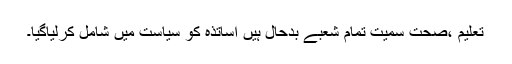
تعلیم ،صحت سمیت تمام شعبے بدحال ہیں اساتذہ کو سیاست میں شامل کرلیاگیا۔